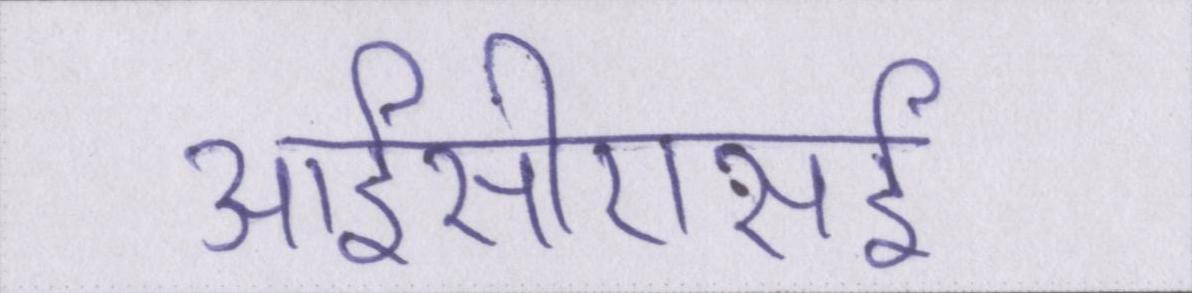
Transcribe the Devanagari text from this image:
आईसीएसई